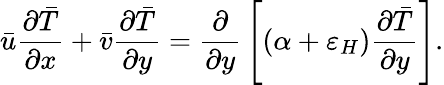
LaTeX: {\bar{u}}{\frac{\partial{\bar{T}}}{\partial x}}+{\bar{v}}{\frac{\partial{\bar{T}}}{\partial y}}={\frac{\partial}{\partial y}}\left[(\alpha+\varepsilon_{H}){\frac{\partial{\bar{T}}}{\partial y}}\right].